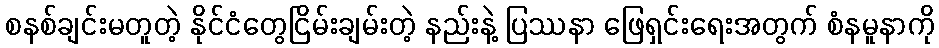
စနစ်ချင်းမတူတဲ့ နိုင်ငံတွေငြိမ်းချမ်းတဲ့ နည်းနဲ့ ပြဿနာ ဖြေရှင်းရေးအတွက် စံနမူနာကို